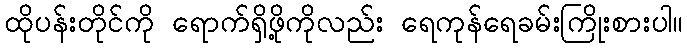
ထိုပန်းတိုင်ကို ရောက်ရှိဖို့ကိုလည်း ရေကုန်ရေခမ်းကြိုးစားပါ။